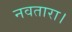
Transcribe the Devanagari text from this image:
नवतारा।